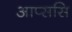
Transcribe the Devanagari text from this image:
आप्ससि